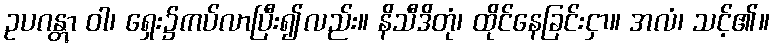
ဥပဂန္တွာ ဝါ၊ ရှေး၌ကပ်လာပြီး၍လည်း။ နိသီဒိတုံ၊ ထိုင်နေခြင်းငှာ။ အလံ၊ သင့်၏။